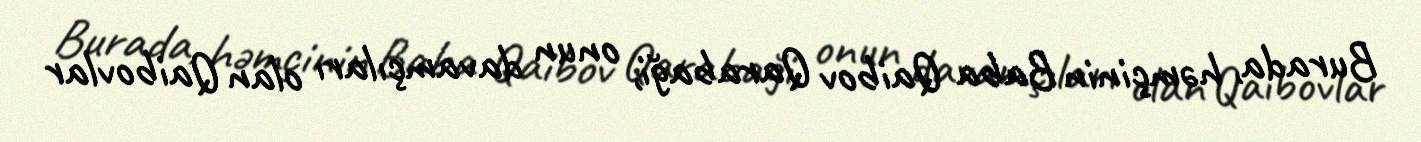
Burada, həmçinin Baba Qaibov Qarabaği, onun davamçıları olan Qaibovlar